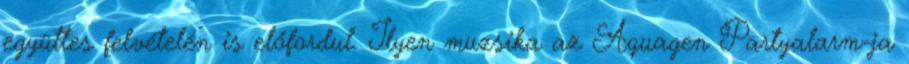
együttes felvételén is előfordul. Ilyen muzsika az Aquagen Partyalarm-ja